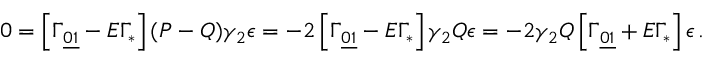
0 = \left[ \Gamma _ { \underline { { { 0 1 } } } } - E \Gamma _ { * } \right] ( P - Q ) \gamma _ { 2 } \epsilon = - 2 \left[ \Gamma _ { \underline { { { 0 1 } } } } - E \Gamma _ { * } \right] \gamma _ { 2 } Q \epsilon = - 2 \gamma _ { 2 } Q \left[ \Gamma _ { \underline { { { 0 1 } } } } + E \Gamma _ { * } \right] \epsilon \, .